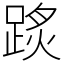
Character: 𨂂